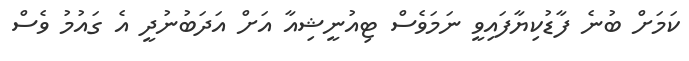
ކަމަށް ބުނެ ފާޑުކިޔާފައިވީ ނަމަވެސް ޓިއުނީޝިއާ އަށް އަދަބުނުދީ އެ ގައުމު ވެސް